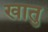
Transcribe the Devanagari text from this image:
खातु